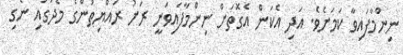
ނިންމާފަައިވާ ކަމަށެވެ. އަދި އެކަން އެގޮތަށް ނިންމާފައިވަނީ ރަށު ރައްޔިތުންގެ މެދުގައި ނެގި